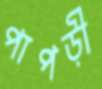
পাপড়ী